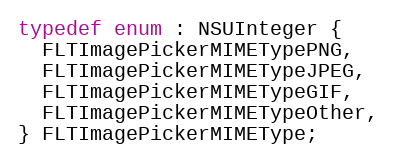
Language: C
typedef enum : NSUInteger {
  FLTImagePickerMIMETypePNG,
  FLTImagePickerMIMETypeJPEG,
  FLTImagePickerMIMETypeGIF,
  FLTImagePickerMIMETypeOther,
} FLTImagePickerMIMEType;